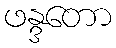
ဖန္ဒတော